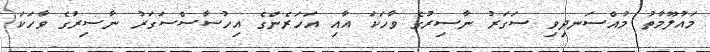
މައުލޫމާތު މުއްސަނދިވި ސަގަރު ނާސިރުގެ ވާހަކަ އާއި އަހަރެންގެ އިހުސާސްސަގަރު ނާސިރުގެ ވާހަކަ